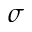
\sigma